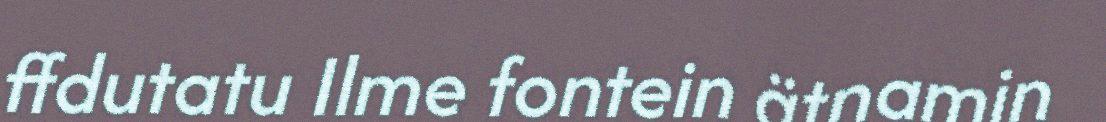
ffdutatu Ilme fontein ätnamin